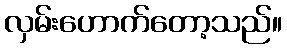
လှမ်းဟောက်တော့သည်။